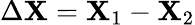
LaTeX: \Delta\mathbf X=\mathbf X_{1}-\mathbf X_{2}